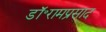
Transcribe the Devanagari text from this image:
डॉ॰रामप्रसाद